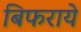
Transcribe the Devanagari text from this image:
बिफराये